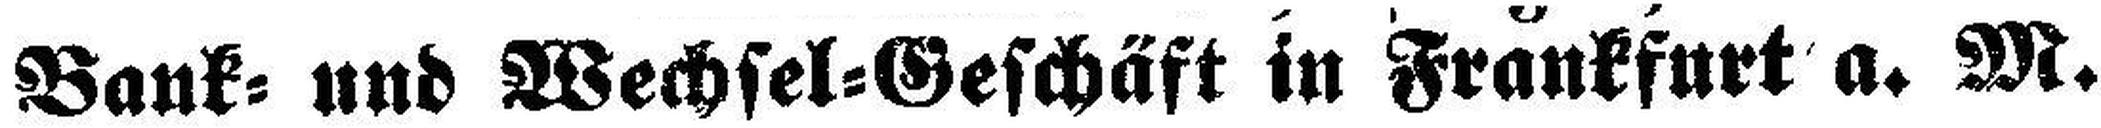
Bank= und Wechsel=Geschäft in Frankfurt a. M.